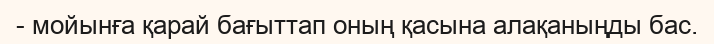
- мойынға қарай бағыттап оның қасына алақаныңды бас.